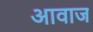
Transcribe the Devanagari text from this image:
अावाज